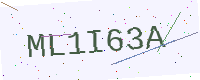
Text: ML1I63A